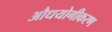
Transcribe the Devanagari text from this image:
औधयोगीकरण